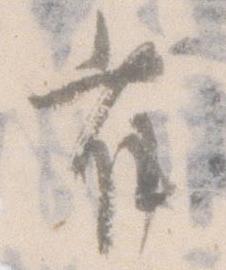
雀